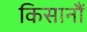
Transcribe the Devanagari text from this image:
किसानौं